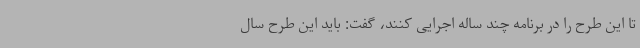
تا این طرح را در برنامه چند ساله اجرایی کنند، گفت: باید این طرح سال